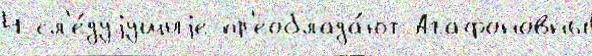
4 сл'е́дуjущиjе пр'еоблада́ют Агафоновны